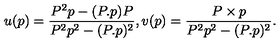
u ( p ) = \frac { P ^ { 2 } p - ( P . p ) P } { P ^ { 2 } p ^ { 2 } - ( P . p ) ^ { 2 } } , v ( p ) = \frac { P \times p } { P ^ { 2 } p ^ { 2 } - ( P . p ) ^ { 2 } } .